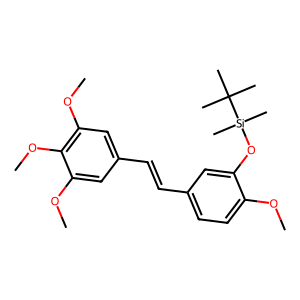
SMILES: COc1ccc(C=Cc2cc(OC)c(OC)c(OC)c2)cc1O[Si](C)(C)C(C)(C)C
Inhibits HIV replication: No